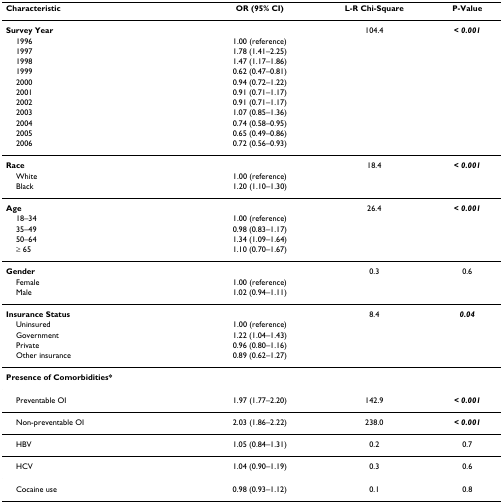
<table><thead><tr><td><b>Characteristic</b></td><td><b>OR (95% CI)</b></td><td><b>L-R Chi-Square</b></td><td><b>P-Value</b></td></tr></thead><tbody><tr><td><b>Survey Year</b></td><td></td><td>104.4</td><td><b><i>&lt; 0.001</i></b></td></tr><tr><td> 1996</td><td>1.00 (reference)</td><td></td><td></td></tr><tr><td> 1997</td><td>1.78 (1.41–2.25)</td><td></td><td></td></tr><tr><td> 1998</td><td>1.47 (1.17–1.86)</td><td></td><td></td></tr><tr><td> 1999</td><td>0.62 (0.47–0.81)</td><td></td><td></td></tr><tr><td> 2000</td><td>0.94 (0.72–1.22)</td><td></td><td></td></tr><tr><td> 2001</td><td>0.91 (0.71–1.17)</td><td></td><td></td></tr><tr><td> 2002</td><td>0.91 (0.71–1.17)</td><td></td><td></td></tr><tr><td> 2003</td><td>1.07 (0.85–1.36)</td><td></td><td></td></tr><tr><td> 2004</td><td>0.74 (0.58–0.95)</td><td></td><td></td></tr><tr><td> 2005</td><td>0.65 (0.49–0.86)</td><td></td><td></td></tr><tr><td> 2006</td><td>0.72 (0.56–0.93)</td><td></td><td></td></tr><tr><td><b>Race</b></td><td></td><td>18.4</td><td><b><i>&lt; 0.001</i></b></td></tr><tr><td> White</td><td>1.00 (reference)</td><td></td><td></td></tr><tr><td> Black</td><td>1.20 (1.10–1.30)</td><td></td><td></td></tr><tr><td><b>Age</b></td><td></td><td>26.4</td><td><b><i>&lt; 0.001</i></b></td></tr><tr><td> 18–34</td><td>1.00 (reference)</td><td></td><td></td></tr><tr><td> 35–49</td><td>0.98 (0.83–1.17)</td><td></td><td></td></tr><tr><td> 50–64</td><td>1.34 (1.09–1.64)</td><td></td><td></td></tr><tr><td> ≥ 65</td><td>1.10 (0.70–1.67)</td><td></td><td></td></tr><tr><td><b>Gender</b></td><td></td><td>0.3</td><td>0.6</td></tr><tr><td> Female</td><td>1.00 (reference)</td><td></td><td></td></tr><tr><td> Male</td><td>1.02 (0.94–1.11)</td><td></td><td></td></tr><tr><td><b>Insurance Status</b></td><td></td><td>8.4</td><td><b><i>0.04</i></b></td></tr><tr><td> Uninsured</td><td>1.00 (reference)</td><td></td><td></td></tr><tr><td> Government</td><td>1.22 (1.04–1.43)</td><td></td><td></td></tr><tr><td> Private</td><td>0.96 (0.80–1.16)</td><td></td><td></td></tr><tr><td> Other insurance</td><td>0.89 (0.62–1.27)</td><td></td><td></td></tr><tr><td><b>Presence of Comorbidities*</b></td><td></td><td></td><td></td></tr><tr><td> Preventable OI</td><td>1.97 (1.77–2.20)</td><td>142.9</td><td><b><i>&lt; 0.001</i></b></td></tr><tr><td> Non-preventable OI</td><td>2.03 (1.86–2.22)</td><td>238.0</td><td><b><i>&lt; 0.001</i></b></td></tr><tr><td> HBV</td><td>1.05 (0.84–1.31)</td><td>0.2</td><td>0.7</td></tr><tr><td> HCV</td><td>1.04 (0.90–1.19)</td><td>0.3</td><td>0.6</td></tr><tr><td> Cocaine use</td><td>0.98 (0.93–1.12)</td><td>0.1</td><td>0.8</td></tr></tbody></table>